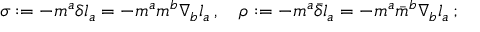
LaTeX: \sigma : = - m ^ { a } \delta l _ { a } = - m ^ { a } m ^ { b } \nabla _ { b } l _ { a } \, , \quad \rho : = - m ^ { a } { \bar { \delta } } l _ { a } = - m ^ { a } { \bar { m } } ^ { b } \nabla _ { b } l _ { a } \, ;